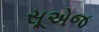
સૂએજ